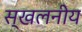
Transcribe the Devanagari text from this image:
स्खलनीय